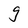
Character: g